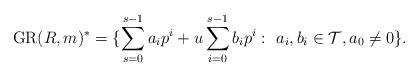
LaTeX: \begin{align*}{\rm GR}(R, m)^*=\{ \sum_{s=0}^{s-1}a_ip^i+u\sum_{i=0}^{s-1}b_ip^i:~a_i, b_i \in \mathcal {T}, a_0\neq 0\}.\end{align*}